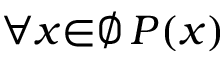
\forall { x } { \in } \emptyset \, P ( x )